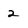
Character: 2